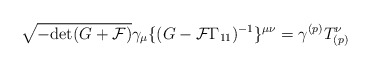
\begin{align*}\sqrt{-{\rm det} (G+{\cal F})} \gamma_\mu \{(G - {\cal F}\Gamma_{11})^{-1}\}^{\mu\nu} = \gamma^{(p)} T_{(p)}^\nu\end{align*}